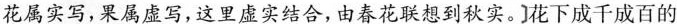
花属实写,果属虚写,这里虚实结合，由春花联想到秋实。花下成千成百的